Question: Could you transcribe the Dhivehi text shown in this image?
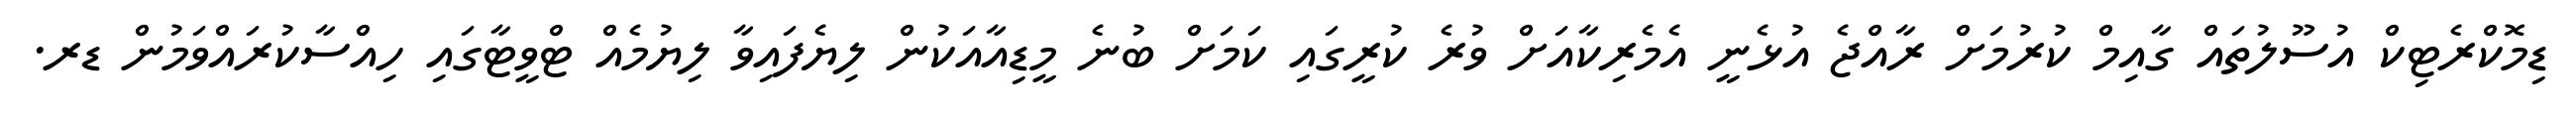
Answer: ޑިމޮކްރެޓިކް އުސޫލުތައް ގާއިމް ކުރުމަށް ރާއްޖެ އުޅެނީ އެމެރިކާއަށް ވުރެ ކުރީގައި ކަމަށް ބުނެ މީޑިއާއަކުން ލިޔެފައިވާ ލިޔުމެއް ޓްވީޓާގައި ހިއްސާކުރައްވަމުން ޑރ.